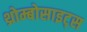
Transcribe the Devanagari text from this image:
थ्रोम्बोसाइट्स